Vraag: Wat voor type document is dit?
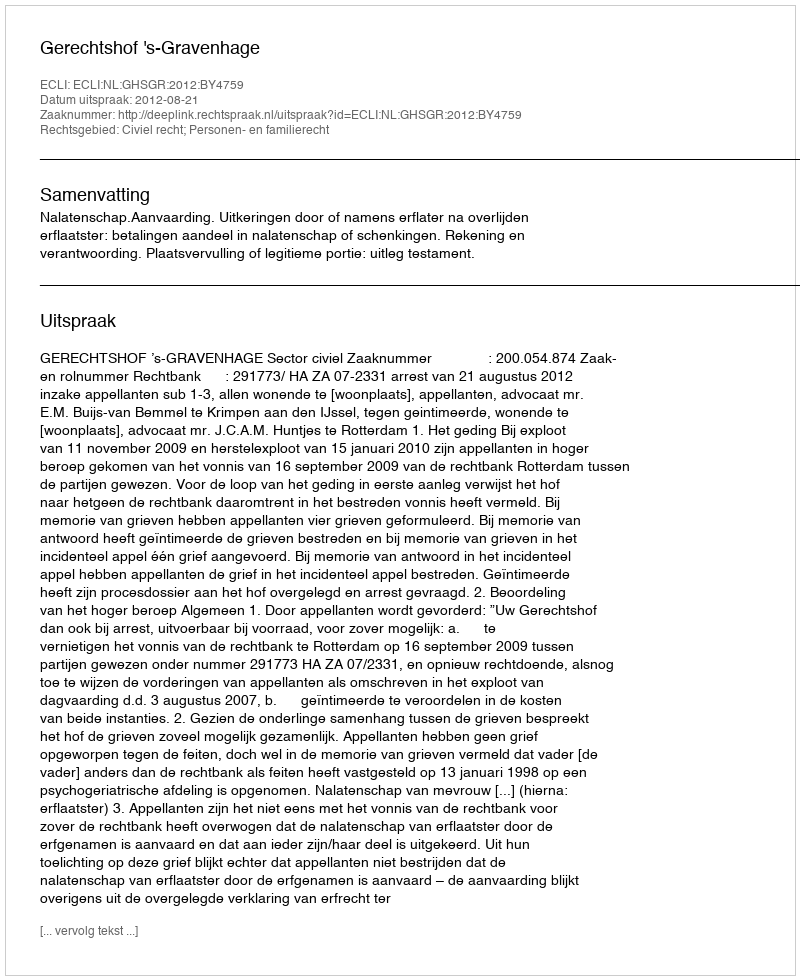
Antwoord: Uitspraak